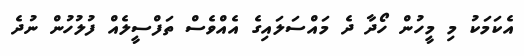
އެކަމަކު މި މީހުން ހޯދާ ދެ މައްސަލައިގެ އެއްވެސް ތަފްސީލެއް ފުލުހުން ނުދެ